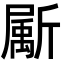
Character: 𣃁